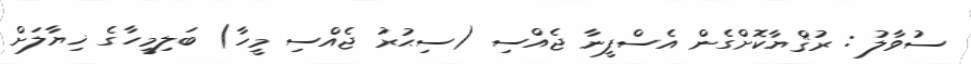
ސުވާލު : ރުޤްޔާކޮށްގެން އެސްފީނާ ޖެއްސި (ސިޙުރު ޖެއްސި މީހާ) ބަލިމީހާގެ ޚިޔާލަށް